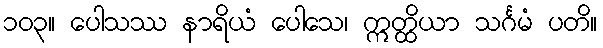
၁၀၃။ ပေါသဿ နာရိယံ ပေါသေ၊ ဣတ္ထိယာ သင်္ဂမံ ပတိ။